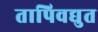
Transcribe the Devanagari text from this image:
तापिवद्युत